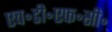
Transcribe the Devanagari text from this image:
एच॰डी॰एफ॰सी॰